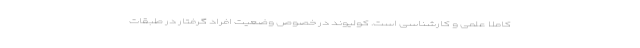
کاملا علمی و کارشناسی است. کولیوند در خصوص وضعیت افراد گرفتار در طبقات